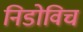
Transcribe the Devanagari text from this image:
निडोविच